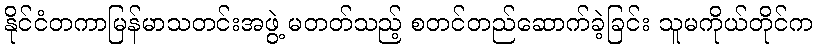
နိုင်ငံတကာမြန်မာသတင်းအဖွဲ့ မတတ်သည့် စတင်တည်ဆောက်ခဲ့ခြင်း သူမကိုယ်တိုင်က